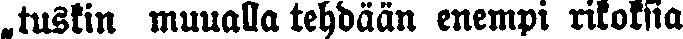
„tuskin muualla tehdään enempi rikoksia